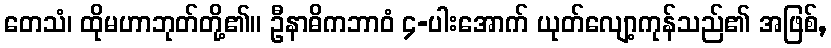
တေသံ၊ ထိုမဟာဘုတ်တို့၏။ ဦနာဓိကဘာဝံ ၄-ပါးအောက် ယုတ်လျော့ကုန်သည်၏ အဖြစ်,